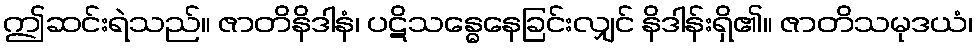
ဤဆင်းရဲသည်။ ဇာတိနိဒါနံ၊ ပဋိသန္ဓေနေခြင်းလျှင် နိဒါန်းရှိ၏။ ဇာတိသမုဒယံ၊